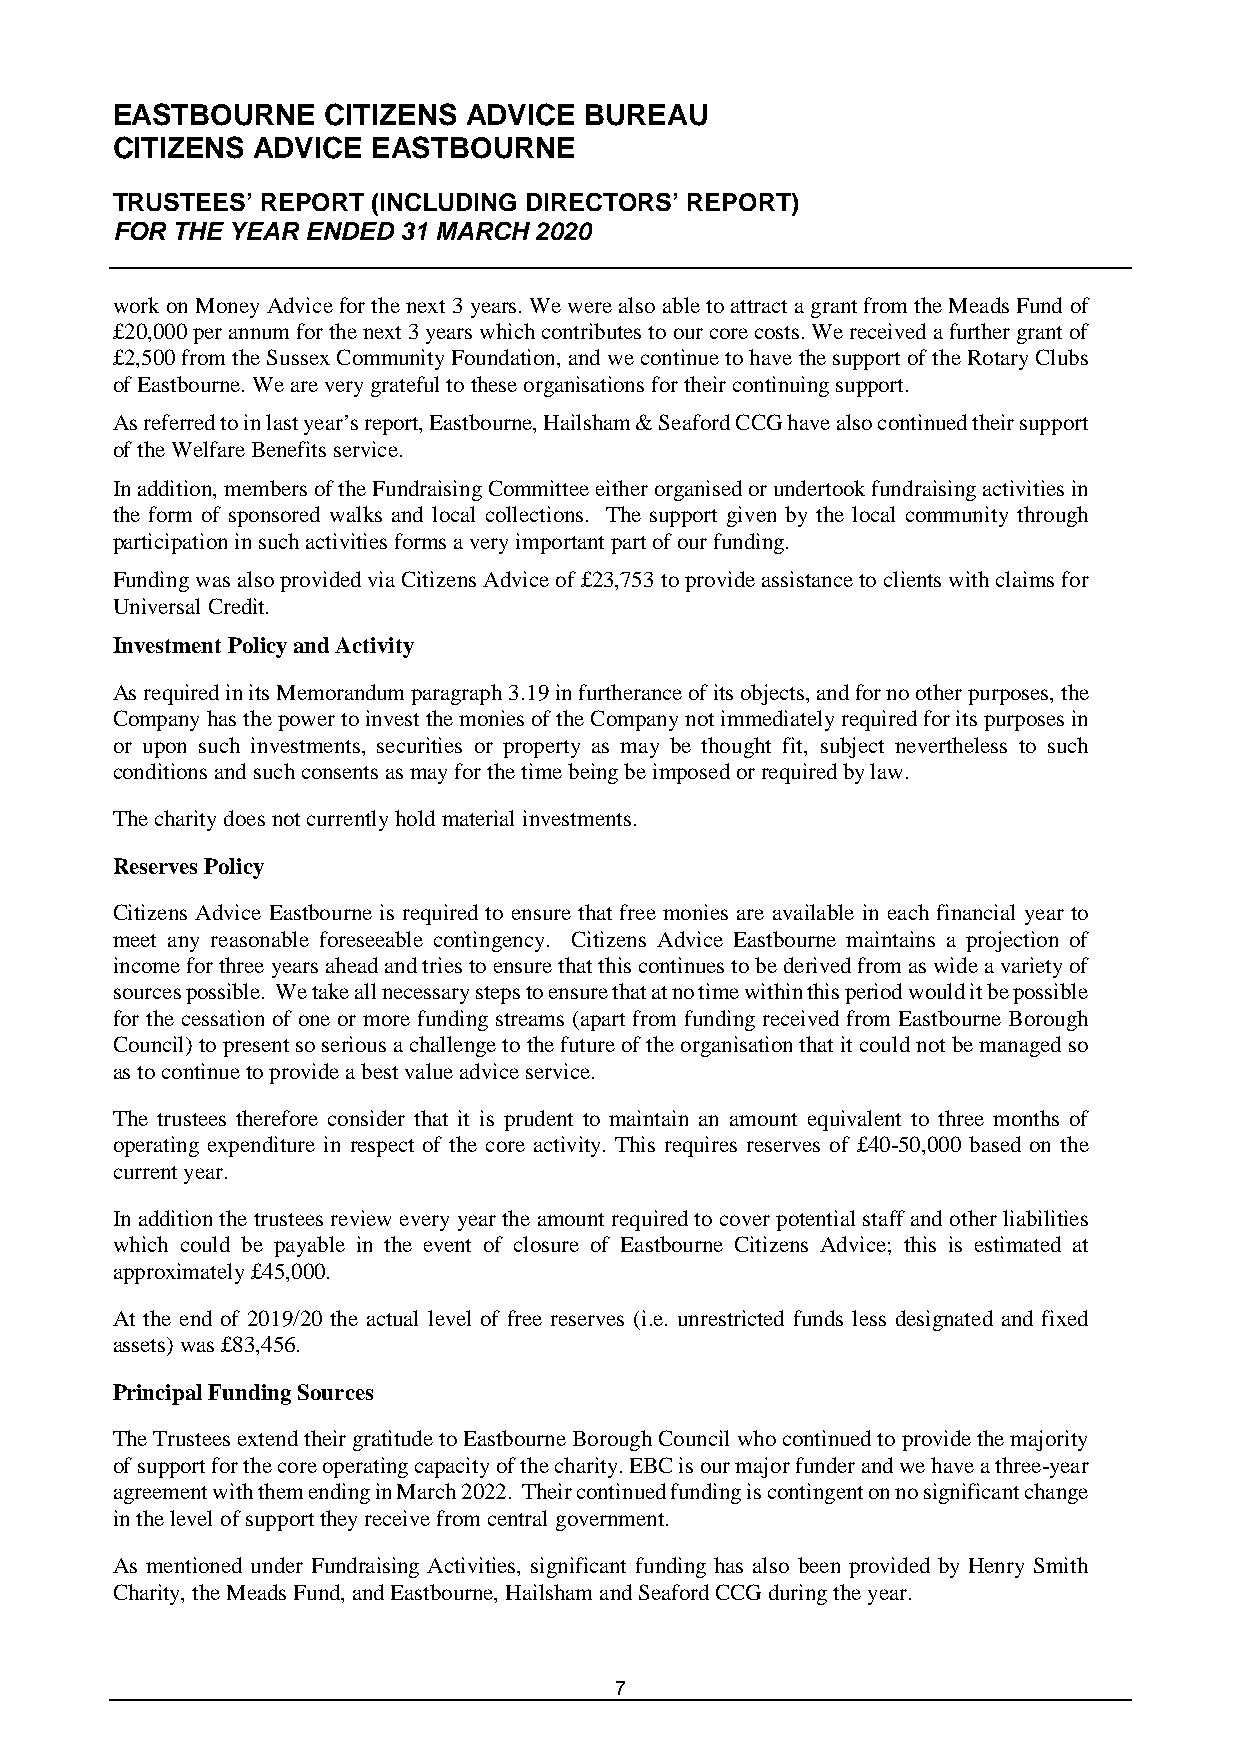
EASTBOURNE    CITIZENS  ADVICE  BUREAU
 CITIZENS  ADVICE  EASTBOURNE
 TRUSTEES’ REPORT  (INCLUDING DIRECTORS’ REPORT)
 FOR THE YEAR ENDED 31 MARCH 2020
 work on Money Advice for the next 3 years. We were also able to attract a grant from the Meads Fund of
 £20,000 per annum for the next 3 years which contributes to our core costs. We received a further grant of
 £2,500 from the Sussex Community Foundation, and we continue to have the support of the Rotary Clubs
 of Eastbourne. We are very grateful to these organisations for their continuing support.
 As referred to in last year’s report, Eastbourne, Hailsham & Seaford CCG have also continued their support
 of the Welfare Benefits service.
 In addition, members of the Fundraising Committee either organised or undertook fundraising activities in
 the form of sponsored walks and local collections. The support given by the local community through
 participation in such activities forms a very important part of our funding.
 Funding was also provided via Citizens Advice of £23,753 to provide assistance to clients with claims for
 Universal Credit.
 Investment Policy and Activity
 As required in its Memorandum paragraph 3.19 in furtherance of its objects, and for no other purposes, the
 Company has the power to invest the monies of the Company not immediately required for its purposes in
 or upon such investments, securities or property as may be thought fit, subject nevertheless to such
 conditions and such consents as may for the time being be imposed or required by law.
 The charity does not currently hold material investments.
 Reserves Policy
 Citizens Advice Eastbourne is required to ensure that free monies are available in each financial year to
 meet any reasonable foreseeable contingency. Citizens Advice Eastbourne maintains a projection of
 income for three years ahead and tries to ensure that this continues to be derived from as wide a variety of
 sources possible. We take all necessary steps to ensure that at no time within this period would it be possible
 for the cessation of one or more funding streams (apart from funding received from Eastbourne Borough
 Council) to present so serious a challenge to the future of the organisation that it could not be managed so
 as to continue to provide a best value advice service.
 The trustees therefore consider that it is prudent to maintain an amount equivalent to three months of
 operating expenditure in respect of the core activity. This requires reserves of £40-50,000 based on the
 current year.
 In addition the trustees review every year the amount required to cover potential staff and other liabilities
 which could be payable in the event of closure of Eastbourne Citizens Advice; this is estimated at
 approximately £45,000.
 At the end of 2019/20 the actual level of free reserves (i.e. unrestricted funds less designated and fixed
 assets) was £83,456.
 Principal Funding Sources
 The Trustees extend their gratitude to Eastbourne Borough Council who continued to provide the majority
 of support for the core operating capacity of the charity. EBC is our major funder and we have a three-year
 agreement with them ending in March 2022. Their continued funding is contingent on no significant change
 in the level of support they receive from central government.
 As mentioned under Fundraising Activities, significant funding has also been provided by Henry Smith
 Charity, the Meads Fund, and Eastbourne, Hailsham and Seaford CCG during the year.
 7